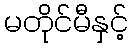
မတိုင်မီနှင့်